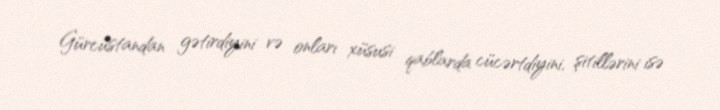
Gürcüstandan gətirdiyini və onları xüsusi qablarda cücərtdiyini, şitillərini isə